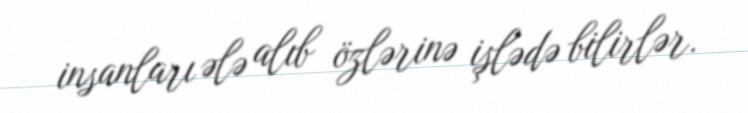
insanları ələ alıb özlərinə işlədə bilirlər.